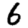
Digit: 6